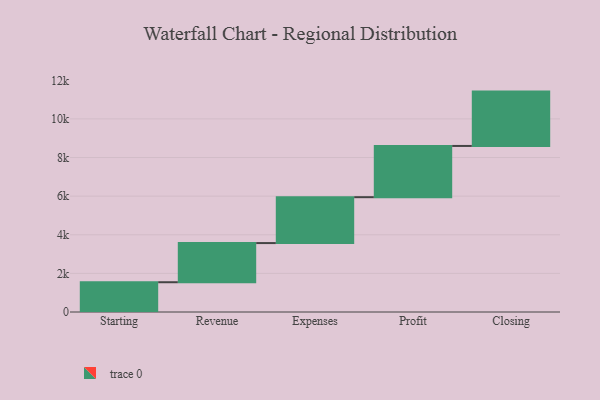
{"axis": {"x": "Step", "y": "Value"}, "legend": [""], "data": [{"x": "Starting", "y": 1542.0, "type": ""}, {"x": "Revenue", "y": 2028.0, "type": ""}, {"x": "Expenses", "y": 2377.0, "type": ""}, {"x": "Profit", "y": 2653.0, "type": ""}, {"x": "Closing", "y": 2815.0, "type": ""}]}